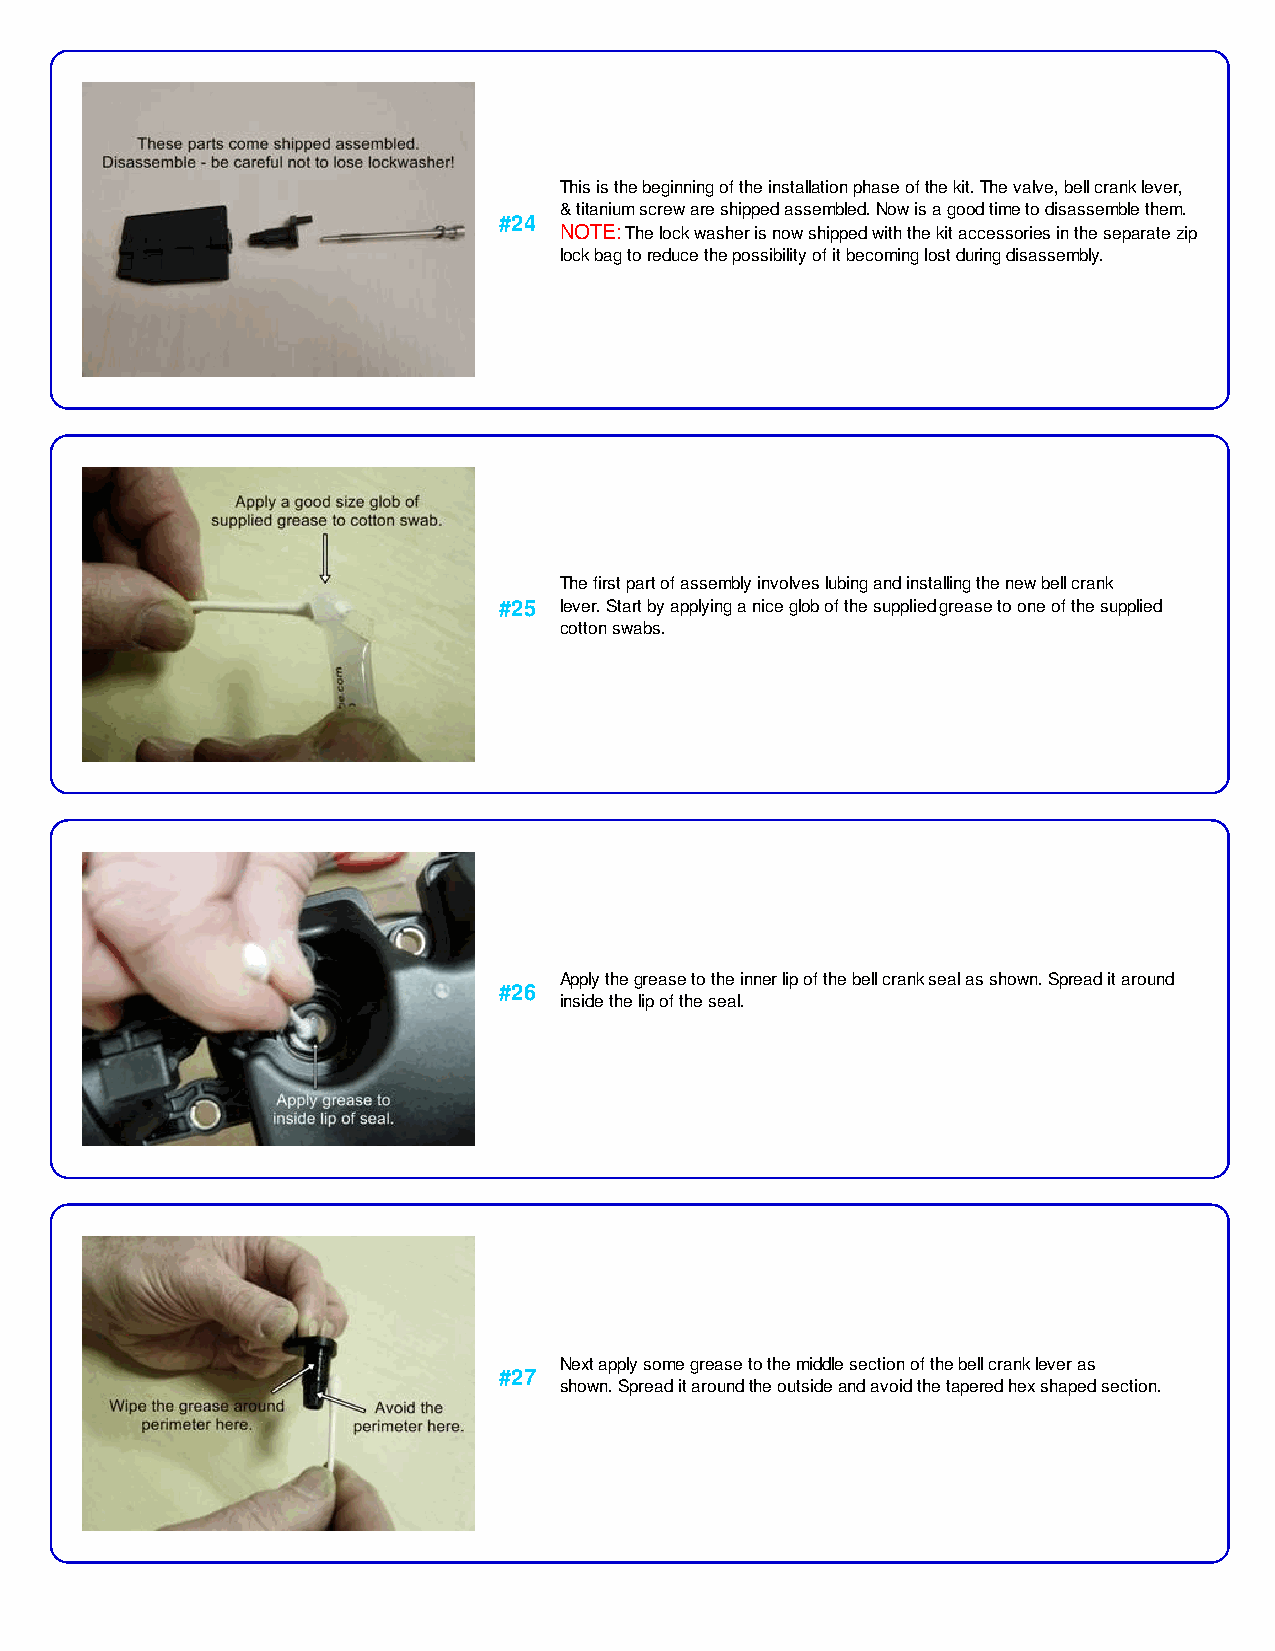
This is the beginning of the installation phase of the kit. The valve, bell crank lever,
 & titanium screw are shipped assembled. Now is a good time to disassemble them.
 #24
 NOTE: The lock washer is now shipped with the kit accessories in the separate zip
 lock bag to reduce the possibility of it becoming lost during disassembly.
 The first part of assembly involves lubing and installing the new bell crank
 #25 lever. Start by applying a nice glob of the supplied grease to one of the supplied
 cotton swabs.
 Apply the grease to the inner lip of the bell crank seal as shown. Spread it around
 #26
 inside the lip of the seal.
 Next apply some grease to the middle section of the bell crank lever as
 #27
 shown. Spread it around the outside and avoid the tapered hex shaped section.